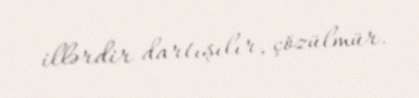
illərdir dartışılır, çözülmür.